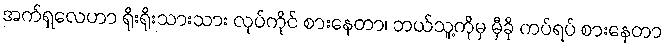
အက်ရှလေဟာ ရိုးရိုးသားသား လုပ်ကိုင် စားနေတာ၊ ဘယ်သူ့ကိုမှ မှီခို ကပ်ရပ် စားနေတာ